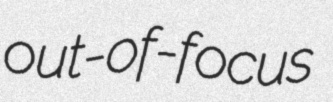
out-of-focus